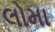
લોમા